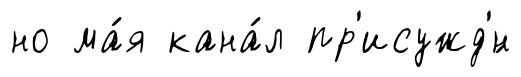
но ма́я кана́л пр'исужд'́н